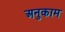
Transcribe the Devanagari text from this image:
अनुकाम